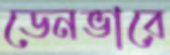
ডেনভারে